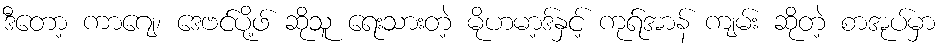
ဒီတော့ ကာဂျေ၊ ဒေဗင်ပို့ဖ် ဆိုသူ ရေးသားတဲ့ မိုဟမာ့ဒ်နှင့် ကုရ်အာန် ကျမ်း ဆိုတဲ့ စာအုပ်မှာ